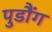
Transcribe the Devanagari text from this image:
पुडौंग